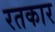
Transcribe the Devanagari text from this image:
रतकार